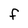
Character: f